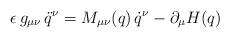
\begin{align*}\epsilon \, g_{\mu \nu} \, \ddot q^\nu = M_{\mu \nu}(q) \, \dot q^\nu - \partial_\mu H(q)\end{align*}